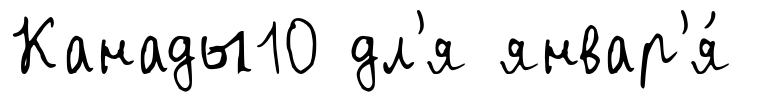
Канады10 дл'я январ'я́